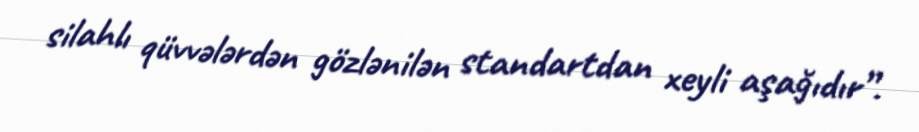
silahlı qüvvələrdən gözlənilən standartdan xeyli aşağıdır”.